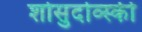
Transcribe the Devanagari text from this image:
शोसुदोव्स्की